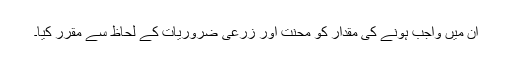
ان میں واجب ہونے کی مقدار کو محنت اور زرعی ضروریات کے لحاظ سے مقرر کیا۔